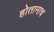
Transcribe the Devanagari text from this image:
होतानाच